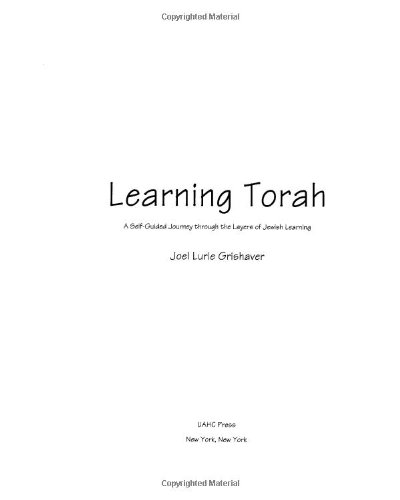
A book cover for Learning Torah : A Self-Guided Journey through the Layers of Jewish Learning; Joel Lurie Grishaver; Teen & Young Adult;